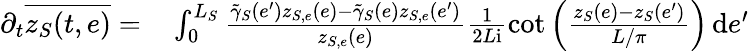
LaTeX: \begin{array}{rl}{\partial_{t}\overline{{z_{S}(t,e)}}=}&{{}\int_{0}^{L_{S}}\frac{\tilde{\gamma}_{S}(e^{\prime})z_{S,e}(e)-\tilde{\gamma}_{S}(e)z_{S,e}(e^{\prime})}{z_{S,e}(e)}\frac 1{2L\mathrm{i}}\cot\Big(\frac{z_{S}(e)-z_{S}(e^{\prime})}{L/\pi}\Big)\, \mathrm{d}e^{\prime}}\end{array}